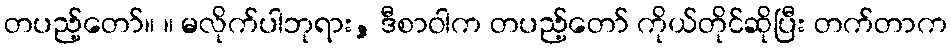
တပည့်တော်။ ။ မလိုက်ပါဘုရား, ဒီစာဝါက တပည့်တော် ကိုယ်တိုင်ဆိုပြီး တက်တာက